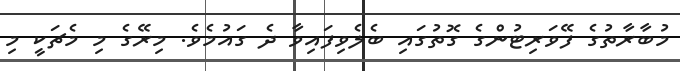
މުބާރާތުގެ ފޭވަރިޓުންގެ ގޮތުގައި ބެލެވިފައިވާ ދެ ގައުމެވެ. މިރޭގެ މި މެޗަކީ މި